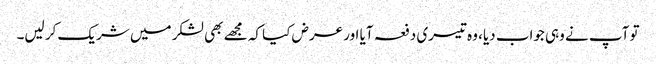
تو آپ نے وہی جواب دیا، وہ تیسری دفعہ آیا اور عرض کیا کہ مجھے بھی لشکر میں شریک کر لیں۔